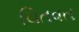
ચિતવત